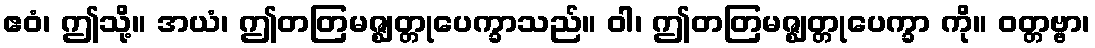
ဧဝံ၊ ဤသို့။ အယံ၊ ဤတတြမဇ္ဈတ္တုပေက္ခာသည်။ ဝါ၊ ဤတတြမဇ္ဈတ္တုပေက္ခာ ကို။ ဝတ္တဗ္ဗာ၊